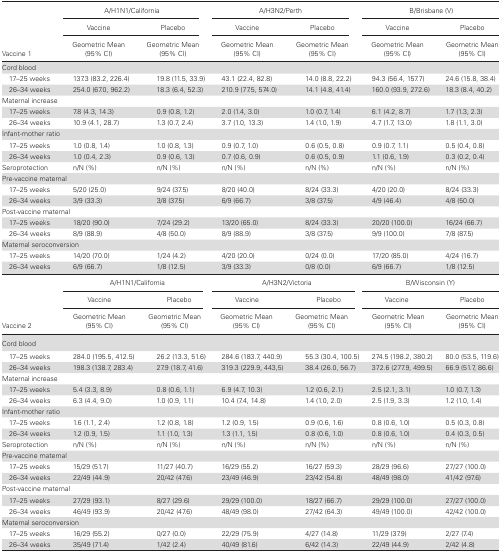
<table><thead><tr><td rowspan="3"><b>Vaccine 1</b></td><td colspan="2"><b> A/H1N1/California</b></td><td colspan="2"><b>A/H3N2/Perth</b></td><td colspan="2"><b> B/Brisbane (V)</b></td></tr><tr><td><b>Vaccine</b></td><td><b>Placebo</b></td><td><b>Vaccine</b></td><td><b>Placebo</b></td><td><b>Vaccine</b></td><td><b>Placebo</b></td></tr><tr><td><b>Geometric Mean (95% CI)</b></td><td><b>Geometric Mean (95% CI)</b></td><td><b>Geometric Mean (95% CI)</b></td><td><b>Geometric Mean (95% CI)</b></td><td><b>Geometric Mean (95% CI)</b></td><td><b>Geometric Mean (95% CI)</b></td></tr></thead><tbody><tr><td colspan="7"><b>Cord blood</b></td></tr><tr><td> 17–25 weeks</td><td>137.3 (83.2, 226.4)</td><td>19.8 (11.5, 33.9)</td><td>43.1 (22.4, 82.8)</td><td>14.0 (8.8, 22.2)</td><td>94.3 (56.4, 157.7)</td><td>24.6 (15.8, 38.4)</td></tr><tr><td> 26–34 weeks</td><td>254.0 (67.0, 962.2)</td><td>18.3 (6.4, 52.3)</td><td>210.9 (77.5, 574.0)</td><td>14.1 (4.8, 41.4)</td><td>160.0 (93.9, 272.6)</td><td>18.3 (8.4, 40.2)</td></tr><tr><td colspan="7"><b>Maternal increase</b></td></tr><tr><td> 17–25 weeks</td><td>7.8 (4.3, 14.3)</td><td>0.9 (0.8, 1.2)</td><td>2.0 (1.4, 3.0)</td><td>1.0 (0.7, 1.4)</td><td>6.1 (4.2, 8.7)</td><td>1.7 (1.3, 2.3)</td></tr><tr><td> 26–34 weeks</td><td>10.9 (4.1, 28.7)</td><td>1.3 (0.7, 2.4)</td><td>3.7 (1.0, 13.3)</td><td>1.4 (1.0, 1.9)</td><td>4.7 (1.7, 13.0)</td><td>1.8 (1.1, 3.0)</td></tr><tr><td colspan="7"><b>Infant-mother ratio</b></td></tr><tr><td> 17–25 weeks</td><td>1.0 (0.8, 1.4)</td><td>1.0 (0.8, 1.3)</td><td>0.9 (0.7, 1.0)</td><td>0.6 (0.5, 0.8)</td><td>0.9 (0.7, 1.1)</td><td>0.5 (0.4, 0.8)</td></tr><tr><td> 26–34 weeks</td><td>1.0 (0.4, 2.3)</td><td>0.9 (0.6, 1.3)</td><td>0.7 (0.6, 0.9)</td><td>0.6 (0.5, 0.9)</td><td>1.1 (0.6, 1.9)</td><td>0.3 (0.2, 0.4)</td></tr><tr><td><b>Seroprotection</b></td><td><b>n/N (%</b>)</td><td><b>n/N (%</b>)</td><td><b>n/N (%</b>)</td><td><b>n/N (%</b>)</td><td><b>n/N (%</b>)</td><td><b>n/N (%</b>)</td></tr><tr><td colspan="7">Pre-vaccine maternal</td></tr><tr><td> 17–25 weeks</td><td>5/20 (25.0)</td><td>9/24 (37.5)</td><td>8/20 (40.0)</td><td>8/24 (33.3)</td><td>4/20 (20.0)</td><td>8/24 (33.3)</td></tr><tr><td> 26–34 weeks</td><td>3/9 (33.3)</td><td>3/8 (37.5)</td><td>6/9 (66.7)</td><td>3/8 (37.5)</td><td>4/9 (46.4)</td><td>4/8 (50.0)</td></tr><tr><td colspan="7"><b>Post-vaccine maternal</b></td></tr><tr><td> 17–25 weeks</td><td>18/20 (90.0)</td><td>7/24 (29.2)</td><td>13/20 (65.0)</td><td>8/24 (33.3)</td><td>20/20 (100.0)</td><td>16/24 (66.7)</td></tr><tr><td> 26–34 weeks</td><td>8/9 (88.9)</td><td>4/8 (50.0)</td><td>8/9 (88.9)</td><td>3/8 (37.5)</td><td>9/9 (100.0)</td><td>7/8 (87.5)</td></tr><tr><td colspan="7"><b>Maternal seroconversion</b></td></tr><tr><td> 17–25 weeks</td><td>14/20 (70.0)</td><td>1/24 (4.2)</td><td>4/20 (20.0)</td><td>0/24 (0.0)</td><td>17/20 (85.0)</td><td>4/24 (16.7)</td></tr><tr><td> 26–34 weeks</td><td>6/9 (66.7)</td><td>1/8 (12.5)</td><td>3/9 (33.3)</td><td>0/8 (0.0)</td><td>6/9 (66.7)</td><td>1/8 (12.5)</td></tr><tr><td rowspan="3"><b>Vaccine 2</b></td><td colspan="2">A/H1N1/California</td><td colspan="2">A/H3N2/Victoria</td><td colspan="2">B/Wisconsin (Y)</td></tr><tr><td>Vaccine</td><td>Placebo</td><td>Vaccine</td><td>Placebo</td><td>Vaccine</td><td>Placebo</td></tr><tr><td>Geometric Mean (95% CI)</td><td>Geometric Mean (95% CI)</td><td>Geometric Mean (95% CI)</td><td>Geometric Mean (95% CI)</td><td>Geometric Mean (95% CI)</td><td>Geometric Mean (95% CI)</td></tr><tr><td><b>Cord blood</b></td><td></td><td></td><td></td><td></td><td></td><td></td></tr><tr><td> 17–25 weeks</td><td>284.0 (195.5, 412.5)</td><td>26.2 (13.3, 51.6)</td><td>284.6 (183.7, 440.9)</td><td>55.3 (30.4, 100.5)</td><td>274.5 (198.2, 380.2)</td><td>80.0 (53.5, 119.6)</td></tr><tr><td> 26–34 weeks</td><td>198.3 (138.7, 283.4)</td><td>27.9 (18.7, 41.6)</td><td>319.3 (229.9, 443,5)</td><td>38.4 (26.0, 56.7)</td><td>372.6 (277.9, 499.5)</td><td>66.9 (51.7, 86.6)</td></tr><tr><td colspan="7"><b>Maternal increase</b></td></tr><tr><td> 17–25 weeks</td><td>5.4 (3.3, 8.9)</td><td>0.8 (0.6, 1.1)</td><td>6.9 (4.7, 10.3)</td><td>1.2 (0.6, 2.1)</td><td>2.5 (2.1, 3.1)</td><td>1.0 (0.7, 1.3)</td></tr><tr><td> 26–34 weeks</td><td>6.3 (4.4, 9.0)</td><td>1.0 (0.9, 1.1)</td><td>10.4 (7.4, 14.8)</td><td>1.4 (1.0, 2.0)</td><td>2.5 (1.9, 3.3)</td><td>1.2 (1.0, 1.4)</td></tr><tr><td colspan="7"><b>Infant-mother ratio</b></td></tr><tr><td> 17–25 weeks</td><td>1.6 (1.1, 2.4)</td><td>1.2 (0.8, 1.8)</td><td>1.2 (0.9, 1.5)</td><td>0.9 (0.6, 1.6)</td><td>0.8 (0.6, 1.0)</td><td>0.5 (0.3, 0.8)</td></tr><tr><td> 26–34 weeks</td><td>1.2 (0.9, 1.5)</td><td>1.1 (1.0, 1.3)</td><td>1.3 (1.1, 1.5)</td><td>0.8 (0.6, 1.0)</td><td>0.8 (0.6, 1.0)</td><td>0.4 (0.3, 0.5)</td></tr><tr><td><b>Seroprotection</b></td><td>n/N (%)</td><td>n/N (%)</td><td>n/N (%)</td><td>n/N (%)</td><td>n/N (%)</td><td>n/N (%)</td></tr><tr><td colspan="7"><b>Pre-vaccine maternal</b></td></tr><tr><td> 17–25 weeks</td><td>15/29 (51.7)</td><td>11/27 (40.7)</td><td>16/29 (55.2)</td><td>16/27 (59.3)</td><td>28/29 (96.6)</td><td>27/27 (100.0)</td></tr><tr><td> 26–34 weeks</td><td>22/49 (44.9)</td><td>20/42 (47.6)</td><td>23/49 (46.9)</td><td>23/42 (54.8)</td><td>48/49 (98.0)</td><td>41/42 (97.6)</td></tr><tr><td colspan="7"><b>Post-vaccine maternal</b></td></tr><tr><td> 17–25 weeks</td><td>27/29 (93.1)</td><td>8/27 (29.6)</td><td>29/29 (100.0)</td><td>18/27 (66.7)</td><td>29/29 (100.0)</td><td>27/27 (100.0)</td></tr><tr><td> 26–34 weeks</td><td>46/49 (93.9)</td><td>20/42 (47.6)</td><td>48/49 (98.0)</td><td>27/42 (64.3)</td><td>49/49 (100.0)</td><td>42/42 (100.0)</td></tr><tr><td colspan="7"><b>Maternal seroconversion</b></td></tr><tr><td> 17–25 weeks</td><td>16/29 (55.2)</td><td>0/27 (0.0)</td><td>22/29 (75.9)</td><td>4/27 (14.8)</td><td>11/29 (37.9)</td><td>2/27 (7.4)</td></tr><tr><td> 26–34 weeks</td><td>35/49 (71.4)</td><td>1/42 (2.4)</td><td>40/49 (81.6)</td><td>6/42 (14.3)</td><td>22/49 (44.9)</td><td>2/42 (4.8)</td></tr></tbody></table>